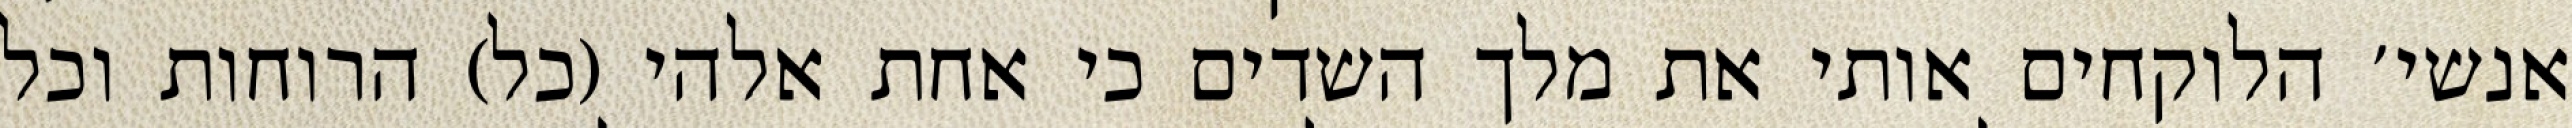
אנשי׳ הלוקחים אותי את מלך השדים כי אחת אלהי (כל) הרוחות וכל